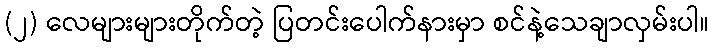
(၂) လေများများတိုက်တဲ့ ပြတင်းပေါက်နားမှာ စင်နဲ့သေချာလှမ်းပါ။